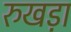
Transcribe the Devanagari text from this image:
रुखड़ा